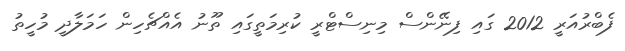
ފެބްރުއަރީ 2012 ގައި ފިނޭންސް މިނިސްޓްރީ ކުރިމަތީގައި ތޫނު އެއްޗެހިން ހަމަލާދީ މުހީތު